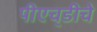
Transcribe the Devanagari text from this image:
पीएच्‌डीचे